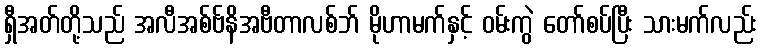
ရှီအတ်တို့သည် အလီအစ်ဗ်နိအဗီတာလစ်ဘ် မိုဟာမက်နှင့် ဝမ်းကွဲ တော်စပ်ပြီး သားမက်လည်း